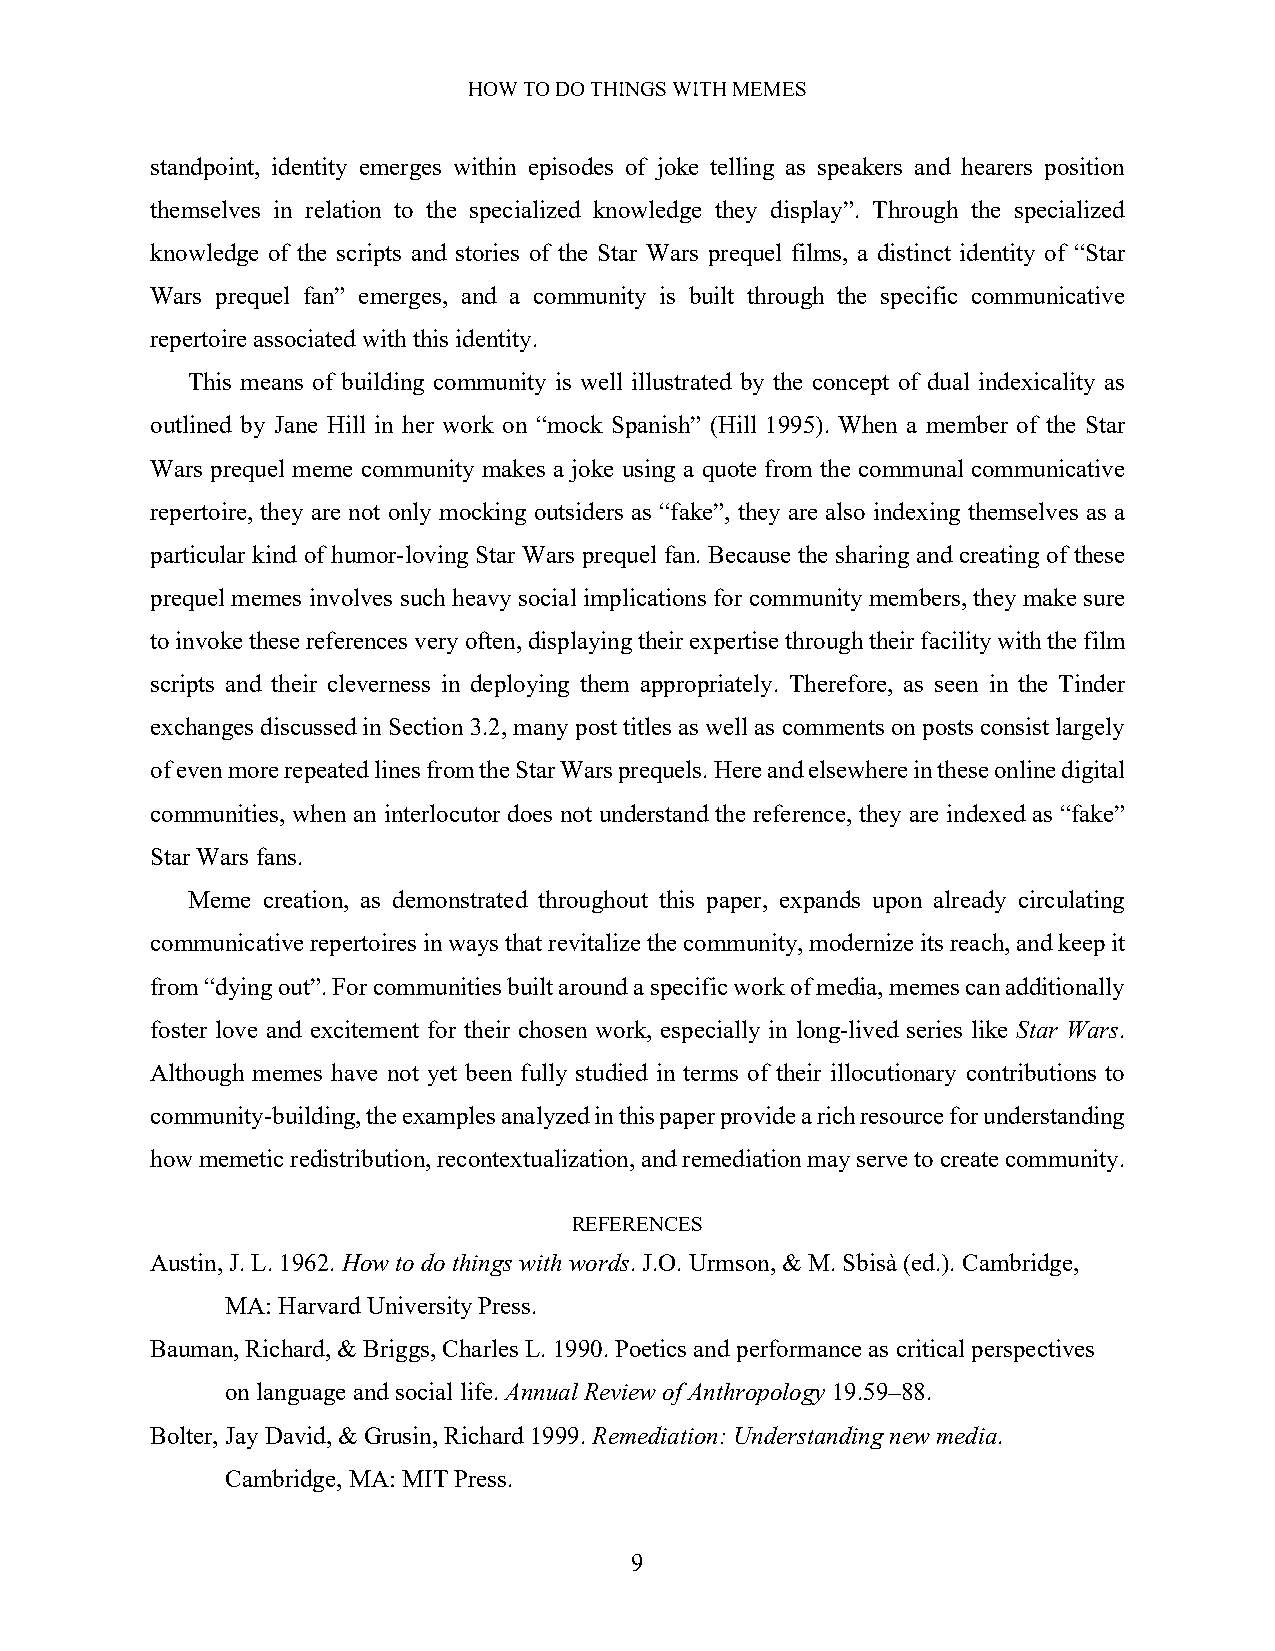
HOW TO DO THINGS WITH MEMES
 standpoint, identity emerges within episodes of joke telling as speakers and hearers position
 themselves in relation to the specialized knowledge they display”. Through the specialized
 knowledge of the scripts and stories of the Star Wars prequel films, a distinct identity of “Star
 Wars prequel fan” emerges, and a community is built through the specific communicative
 repertoire associated with this identity.
 This means of building community is well illustrated by the concept of dual indexicality as
 outlined by Jane Hill in her work on “mock Spanish” (Hill 1995). When a member of the Star
 Wars prequel meme community makes a joke using a quote from the communal communicative
 repertoire, they are not only mocking outsiders as “fake”, they are also indexing themselves as a
 particular kind of humor-loving Star Wars prequel fan. Because the sharing and creating of these
 prequel memes involves such heavy social implications for community members, they make sure
 to invoke these references very often, displaying their expertise through their facility with the film
 scripts and their cleverness in deploying them appropriately. Therefore, as seen in the Tinder
 exchanges discussed in Section 3.2, many post titles as well as comments on posts consist largely
 of even more repeated lines from the Star Wars prequels. Here and elsewhere in these online digital
 communities, when an interlocutor does not understand the reference, they are indexed as “fake”
 Star Wars fans.
 Meme creation, as demonstrated throughout this paper, expands upon already circulating
 communicative repertoires in ways that revitalize the community, modernize its reach, and keep it
 from “dying out”. For communities built around a specific work of media, memes can additionally
 foster love and excitement for their chosen work, especially in long-lived series like Star Wars.
 Although memes have not yet been fully studied in terms of their illocutionary contributions to
 community-building, the examples analyzed in this paper provide a rich resource for understanding
 how memetic redistribution, recontextualization, and remediation may serve to create community.
 REFERENCES
 Austin, J. L. 1962. How to do things with words. J.O. Urmson, & M. Sbisà (ed.). Cambridge,
 MA: Harvard University Press.
 Bauman, Richard, & Briggs, Charles L. 1990. Poetics and performance as critical perspectives
 on language and social life. Annual Review of Anthropology 19.59–88.
 Bolter, Jay David, & Grusin, Richard 1999. Remediation: Understanding new media.
 Cambridge, MA: MIT Press.
 9